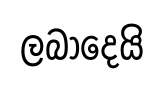
ලබාදෙයි